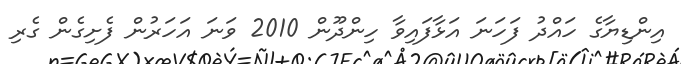
އިންޑިޔާގެ ހައްދު ފަހަނަ އަޅާފައިވާ ހިންދޫން 2010 ވަނަ އަހަރުން ފެށިގެން ގެރި